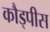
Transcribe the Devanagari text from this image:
कौड्पीस